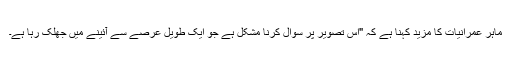
ماہر عمرانیات کا مزید کہنا ہے کہ "اس تصویر پر سوال کرنا مشکل ہے جو ایک طویل عرصے سے آئینے میں جھلک رہا ہے۔